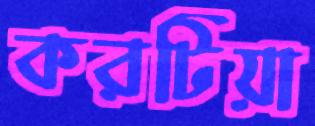
করটিয়া